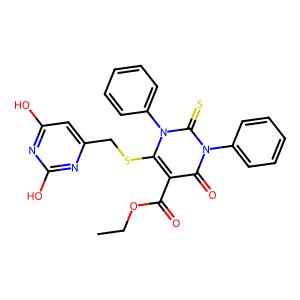
SMILES: CCOC(=O)c1c(SCc2cc(O)nc(O)n2)n(-c2ccccc2)c(=S)n(-c2ccccc2)c1=O
Inhibits HIV replication: Yes